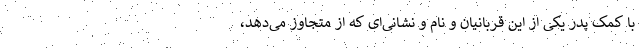
با کمک پدر یکی از این قربانیان و نام و نشانی‌ای که از متجاوز می‌دهد،